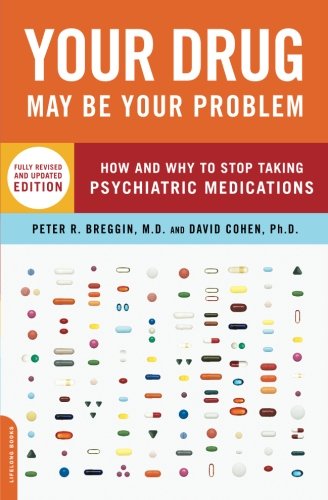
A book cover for Your Drug May Be Your Problem, Revised Edition: How and Why to Stop Taking Psychiatric Medications; M.D. Peter Breggin; Health, Fitness & Dieting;